Leaving Certificate Examination, 1916
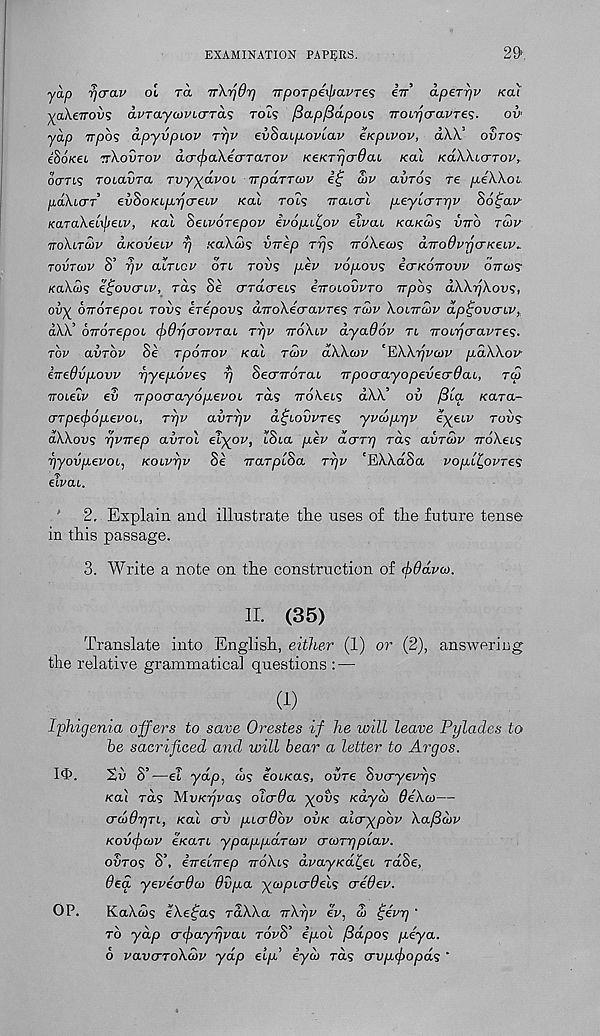
EXAMINATION PAPERS.
29'
yap rjcrav ol to. TrXrjOr] nporperpavre'; in aper-pv koi
yaXenovs avraycovicrTa? rot? fiapfiapois TTOipcravTes.
oil'
yap npbs apyvpiov Tpv evbaipoviav eKpivov, <x\\' oSro?
eSoKec nXovrov acrcfiaXicrTaTOV KeKTrjcrOaL /cal k6XXl<jtov,
ocms rotaSra Tvyypxvoi npaTTcov
a>v clvtos re peXXou
paXicrr evhoKiprjcreiv /cal rot? noucrl peyLa-Trjv Sofai^
KaraXetyeiv, /cal Seuvorepov ipofaii^ov elvou kolkcos vtto to>v
ttoXltuv a.Koveiv r/ .'caXws vnep rrjs noXecog aTrodvpcrKeLv*
TOVTMV S’ rjv aiTLCU OTL TOV<; p.eV v6p,OV<S icTKOirOVV 0770)5
/caXa/s eijovcrLV, ra? sa crrdcrets inoiovvTO npos aXXrjXovs,
ovy oTrorepoL tov5 erepovs anoXia-avres to)v Xolttcov ap^ovcnv,
aXX’ oTTorepoi (frdyjcrovTaL rr/v ttoXlv ayaOov tl noirjcravTe^.
top avrbv Se TpOTTOV /cal to)v aXXo>v ‘EXXtjvojp paXXov
inedvpovv pyepoves rj Secnrorcu npocrayopevecrffai, rcS
noieiv ev npocrixyopevoi rds noKeis dX.X.’ ov /3la /cara-
crTpe(j)6p.evoL, rpv avrrjv dftoupres yvooppv ^X eLV T°v 5
aXXovs rjVTrep olvto\ elyov, iSta pev acrtp rd? avroov ttoXcls
pyovpevoi, KOLvpv Se rrarpiSa Tpv 'EWdSa vopit,ovTe<;
eivaL.
’ 2. Explain and illustrate the uses of tlie future tense
in this passage.
3. Write a note on the construction of (bOdvco.
II. (35)
Translate into English, either (1) or (2), answering
the relative grammatical questions : —
(1)
Iphigenia offers to save Orestes if he will leave Pylades to
be sacrificed and will bear a letter to Argos.
1$.
tv S’ —el ydip, u>5 eoiKas, ovre Svo-yevps
/cal rd? MvKpvas oicrda yovs Kayo) OeXo—
crdOpTL, Kal crv purObv ovk aicrypbv Xa/Scov
Kov^uv e/cart ypapparcov crwTppiav.
ovtos S’, eVetTrep ttoXls dpay/cd£et rdSe,
0ea yevecrda) dvpa ycopurdels credev.
OP.
KaXws eXe^as rdXXa nXpv eV, al ijivp ‘
to yap crtpaypvai tovS’ ipol y8dpo? piya.
6 vavcrToXcov yap eip iya> rds crvp,(])opds ’